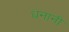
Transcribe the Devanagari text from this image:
धनानी